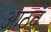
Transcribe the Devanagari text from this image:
आठवँ